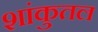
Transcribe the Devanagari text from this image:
शांकुतल